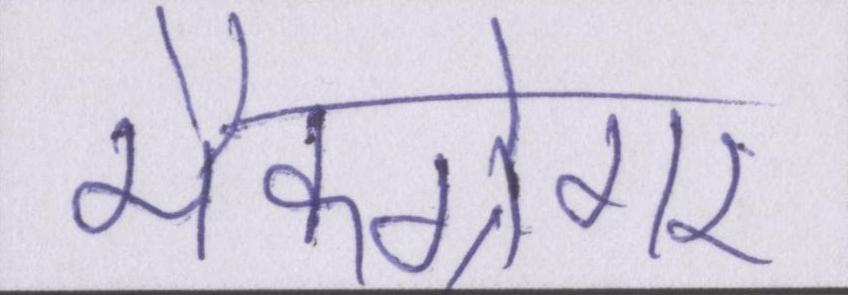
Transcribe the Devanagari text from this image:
मैक्ग्रेगर